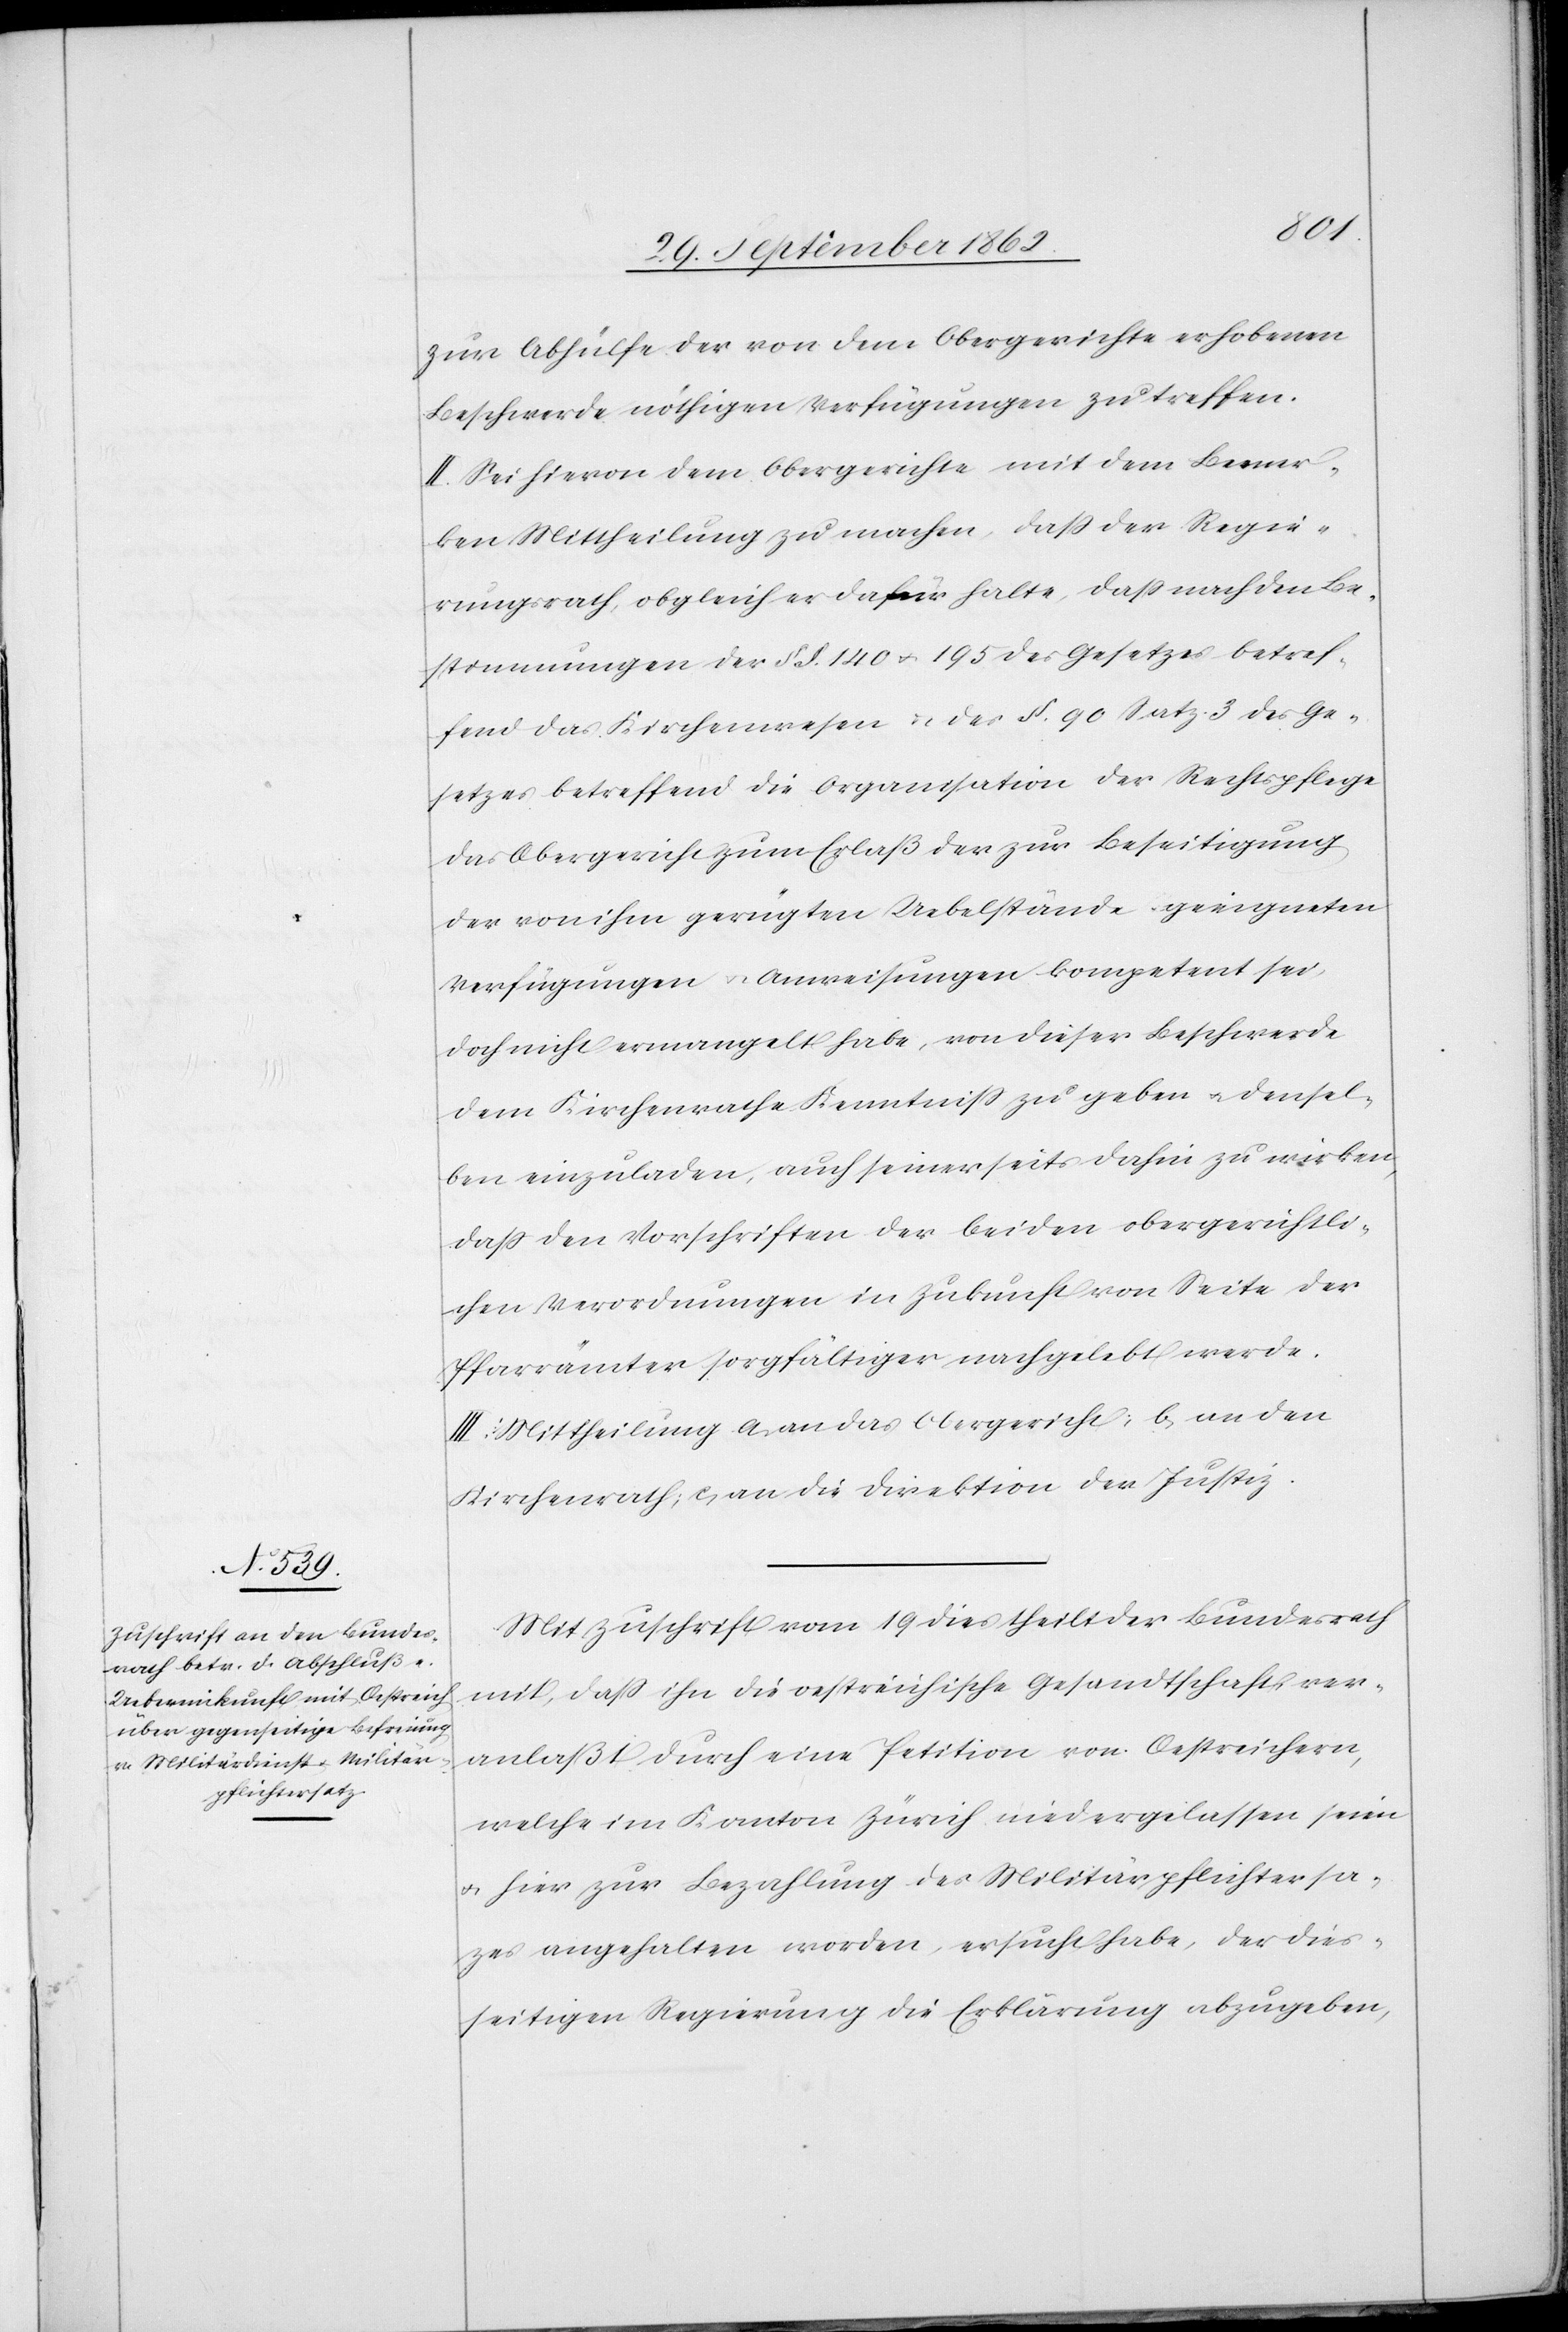
zur Abhülfe der von dem Obergerichte erhobenen
Beschwerde nöthigen Verfügungen zu treffen.
II. Sei hievon dem Obergerichte mit dem Bemer¬
ken Mittheilung zu machen, daß der Regie¬
rungsrath, obgleich er dafür halte, daß nach den Be¬
stimmungen der §§. 140 u. 195 des Gesetzes betref¬
fend das Kirchenwesen u. des §. 90 Satz 3 des Ge¬
setzes betreffend die Organisation der Rechtspflege
das Obergericht zum Erlaß der zur Beseitigung
der von ihm gerügten Uebelstände geeigneten
Verfügungen u. Anweisungen kompetent sei,
doch nicht ermangelt habe, von dieser Beschwerde
dem Kirchenrathe Kenntniß zu geben u. densel¬
ben einzuladen, auch seinerseits dahin zu wirken,
daß den Vorschriften der beiden obergerichtli¬
chen Verordnungen in Zukunft von Seite der
Pfarrämter sorgfältiger nachgelebt werde.
III. Mittheilung a. an das Obergericht; b. an den
Kirchenrath; c. an die Direktion der Justiz.
Mit Zuschrift vom 19. dies theilt der Bundesrath
mit, daß ihn die oestreichische Gesandtschaft ver¬
anlaßt durch eine Petition von Oestreichern,
welche im Kanton Zürich niedergelassen seien
u. hier zur Bezahlung des Militärpflichtersa¬
tzes angehalten worden, ersucht habe, der dies¬
seitigen Regierung die Erklärung abzugeben,